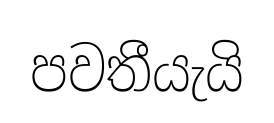
පවතීයැයි